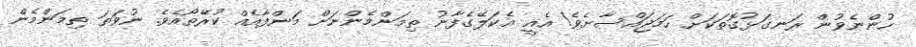
ހުންނެވުން ރަނގަޅުގޮތަކަށް ހަމަޖައްސާށެވެ! އެއީ އެކަލޭގެފާނު ތިމަންމެންނަށް މަންފާއެއް ކުރޭތޯއެވެ. ނުވަތަ ތިމަންމެން